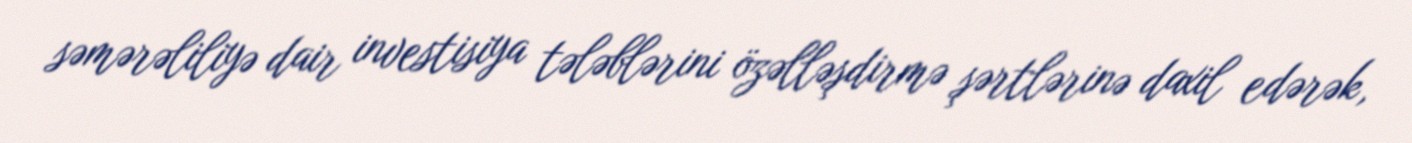
səmərəliliyə dair investisiya tələblərini özəlləşdirmə şərtlərinə daxil edərək,